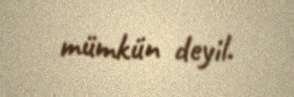
mümkün deyil.